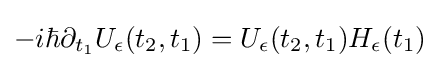
-i\hbar \partial _{t_{1}}U_{\epsilon }(t_{2},t_{1})=U_{\epsilon }(t_{2},t_{1})H_{\epsilon }(t_{1})